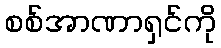
စစ်အာဏာရှင်ကို